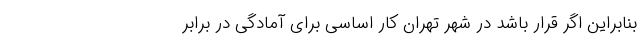
بنابراین اگر قرار باشد در شهر تهران کار اساسی برای آمادگی در برابر